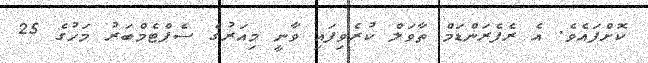
ކޮށްފައެވެ. އެ ރެފެރަންޑަމް ތާވަލް ކުރެވިފައި ވާނީ މިއަރުގެ ސެޕްޓެމްބަރު މަހުގެ 25